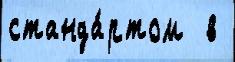
станда́ртом  в